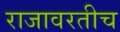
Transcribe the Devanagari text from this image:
राजावरतीच